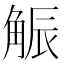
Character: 𧣨